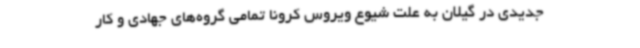
جدیدی در گیلان به علت شیوع ویروس کرونا تمامی گروه‌های جهادی و کار